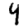
Digit: 4